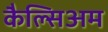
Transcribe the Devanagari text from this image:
कैल्सिअम